Civil Veterinary Dept. Assam report 1927-50 - 1927-1950
Year: 1927
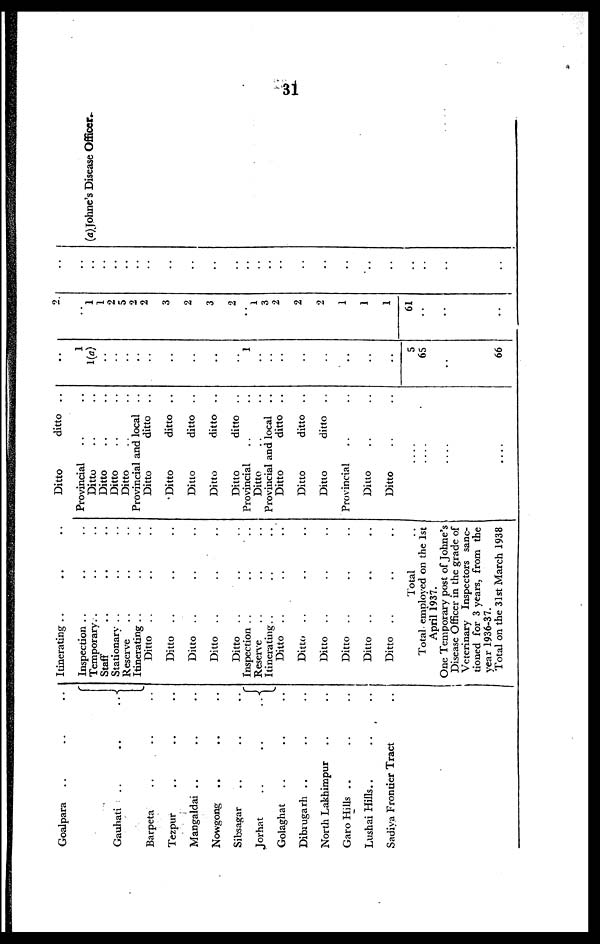
31
Goalpara .. .. ..
-
Gauhati
..
..
..
Barpeta .. .. ..
Tezpur .. .. ..
Mangaldai .. .. ..
Nowgong .. .. ..
Sibsagar .. .. ..
Jorhat
..
..
..
Golaghat .. .. ..
Dibrugarh .. .. ..
North Lakhimpur .. ..
Garo Hills .. .. ..
Lushai Hills .. .. ..
Sadiya Frontier Tract ..
Itinerating .. .. ..
Inspection .. .. ..
Temporary .. .. ..
Staff .. .. ..
Stationary .. .. ..
Reserve .. .. ..
Itinerating .. .. ..
Ditto .. .. ..
Ditto .. .. ..
Ditto .. .. ..
Ditto .. .. ..
Ditto .. .. ..
Inspection .. .. ..
Reserve .. .. ..
Itinerating .. .. ..
Ditto .. .. ..
Ditto .. .. ..
Ditto .. .. ..
Ditto .. .. ..
Ditto .. .. ..
Ditto .. .. ..
Total
Total employed on the 1st
April 1937.
One Temporary post of Johne's
Disease Officer in the grade of
Veterinary Inspectors sanc-
tioned for 3 years, from the
year 1936-37.
Total on the 31st March 1938
Ditto
ditto ..
Provincial .. ..
Ditto .. ..
Ditto .. ..
Ditto .. ..
Ditto .. ..
Provincial and local ..
Ditto
ditto ..
Ditto
ditto ..
Ditto
ditto ..
Ditto
ditto ..
Ditto
ditto ..
Provincial .. ..
Ditto .. ..
Provincial and local ..
Ditto
ditto ..
Ditto
ditto ..
Ditto
ditto
..
Provincial .. ..
Ditto .. ..
Ditto .. ..
....
....
....
....
..
1
..
..
..
..
..
..
..
..
..
1
..
..
..
..
..
..
..
..
5
65
..
66
2
1
1
2
5
2
2
3
2
3
2
..
1
3
2
2
2
1
1
1
61
..
..
..
..
..
..
..
..
..
..
..
..
..
..
..
..
..
..
..
..
..
..
..
..
..
(a)Johne's Disease Officer.